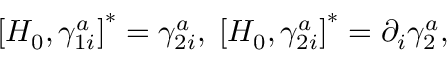
\left[ H _ { 0 } , \gamma _ { 1 i } ^ { a } \right] ^ { * } = \gamma _ { 2 i } ^ { a } , \; \left[ H _ { 0 } , \gamma _ { 2 i } ^ { a } \right] ^ { * } = \partial _ { i } \gamma _ { 2 } ^ { a } ,